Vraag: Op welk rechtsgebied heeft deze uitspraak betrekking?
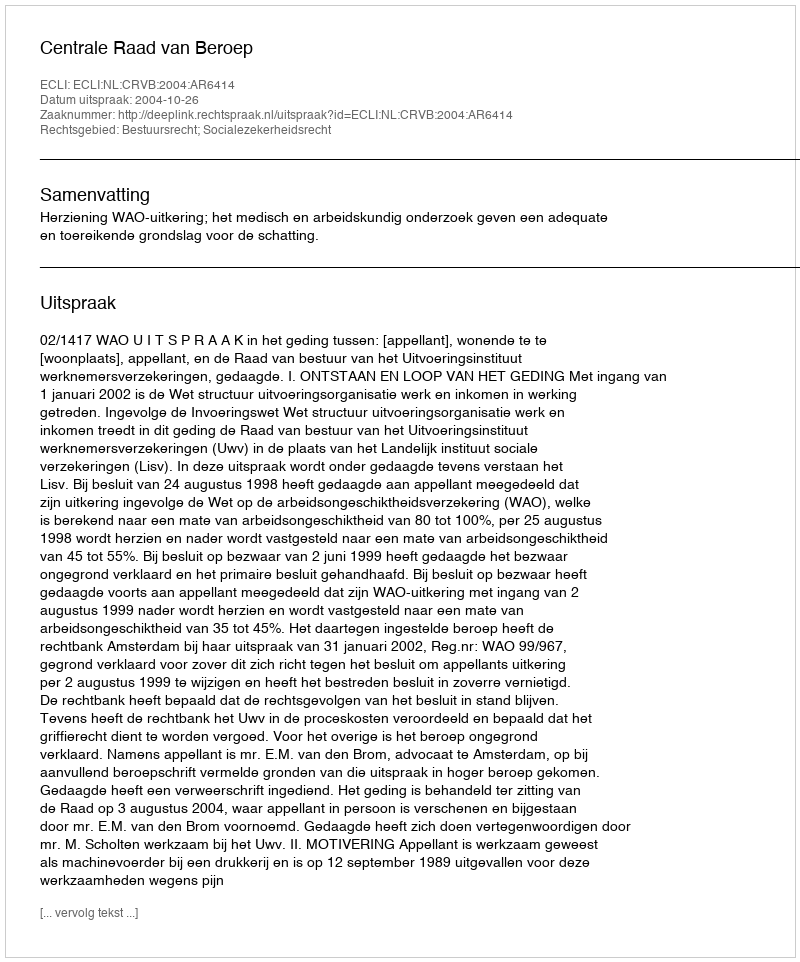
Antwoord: Bestuursrecht; Socialezekerheidsrecht